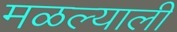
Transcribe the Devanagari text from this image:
मळल्याली